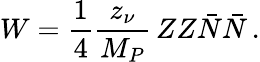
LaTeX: W=\frac{1}{4}\frac{z_{\nu}}{M_{P}}\, ZZ\bar{N}\bar{N}\, .